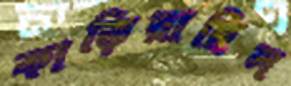
কাড়িয়াছিল